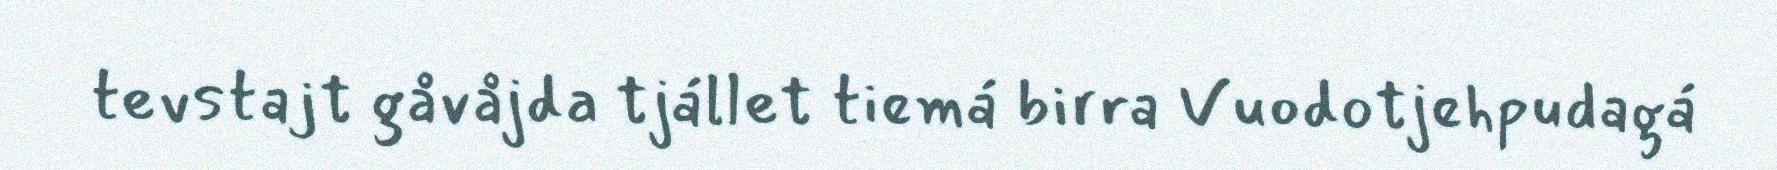
tevstajt gåvåjda tjállet tiemá birra Vuodotjehpudagá